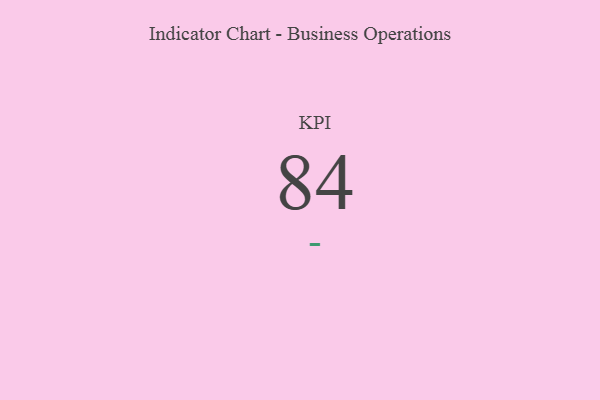
{"axis": {"x": "KPI", "y": "Value"}, "legend": [""], "data": [{"x": "KPI", "y": 84, "type": ""}]}